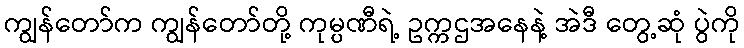
ကျွန်တော်က ကျွန်တော်တို့ ကုမ္ပဏီရဲ့ ဥက္ကဌအနေနဲ့ အဲဒီ တွေ့ဆုံ ပွဲကို